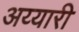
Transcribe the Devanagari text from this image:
अय्यारी